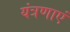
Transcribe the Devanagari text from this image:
यंत्रणाएं